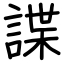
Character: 諜